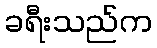
ခရီးသည်က